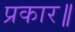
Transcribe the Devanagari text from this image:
प्रकार॥